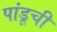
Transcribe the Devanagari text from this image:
पांडूची